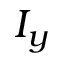
I _ { y }